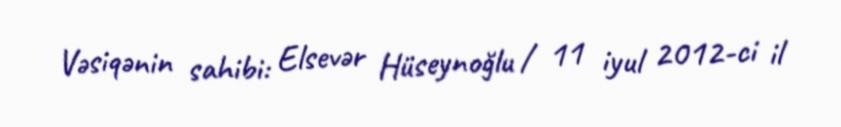
Vəsiqənin sahibi: Elsevər Hüseynoğlu / 11 iyul 2012-ci il